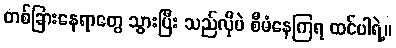
တစ်ခြားနေရာတွေ သွားပြီး သည်လိုပဲ စီမံနေကြရ ထင်ပါရဲ့။